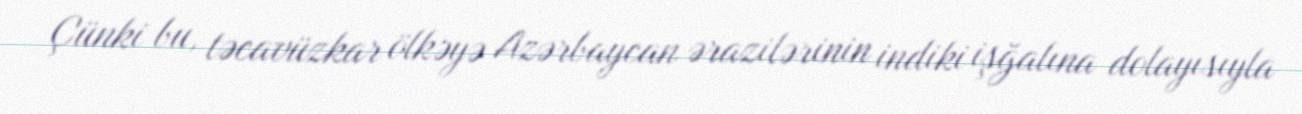
Çünki bu, təcavüzkar ölkəyə Azərbaycan ərazilərinin indiki işğalına dolayısıyla